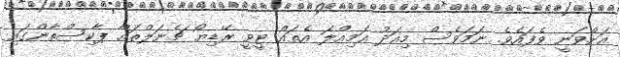
އަށްވަނީ ވެފައެވެ. ނަމަވެސް މިއަދު އަމިއްލަ އެތައް ޓީވީ ރޭޑިޔޯ ޗެނަލްތައް ޕާކިސްތާންގައި